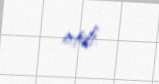
etdi.